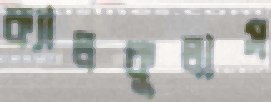
ক্যালকুলাস